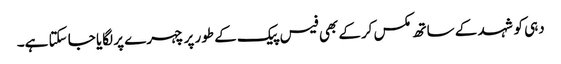
دہی کو شہد کے ساتھ مکس کرکے بھی فیس پیک کے طور پر چہرے پر لگایا جا سکتا ہے۔